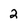
Character: 2